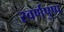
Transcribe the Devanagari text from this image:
स्वर्णपुष्प